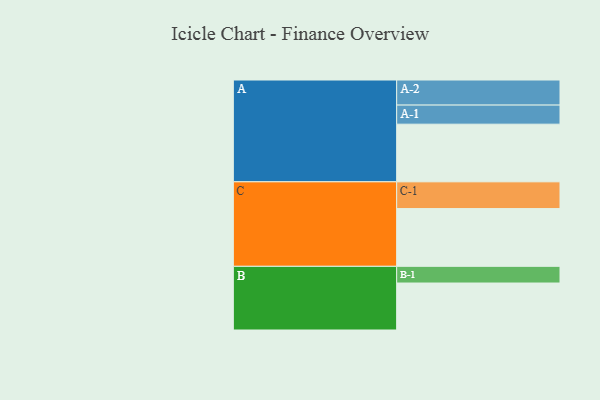
{"axis": {"x": "Segment", "y": "Value"}, "legend": ["", "A", "B", "C"], "data": [{"x": "A", "y": 556, "type": ""}, {"x": "B", "y": 453, "type": ""}, {"x": "C", "y": 557, "type": ""}, {"x": "A-1", "y": 184, "type": "A"}, {"x": "A-2", "y": 242, "type": "A"}, {"x": "B-1", "y": 161, "type": "B"}, {"x": "C-1", "y": 258, "type": "C"}]}